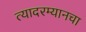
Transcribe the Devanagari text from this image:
त्यादरम्यानचा